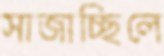
সাজাচ্ছিলে